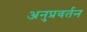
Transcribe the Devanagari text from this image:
अनुप्रवर्तन